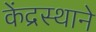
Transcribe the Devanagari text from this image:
केंद्रस्थाने